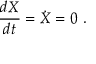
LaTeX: { \frac { d X } { d t } } = { \dot { X } } = 0 ~ .